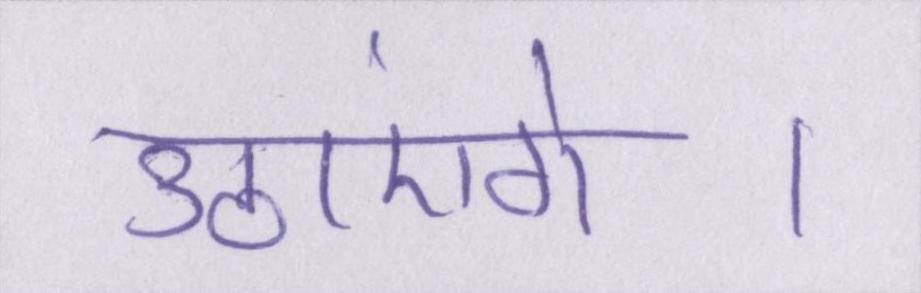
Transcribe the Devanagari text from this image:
उठाएंगे।